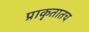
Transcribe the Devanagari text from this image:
प्राकृतातच